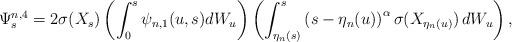
LaTeX: \begin{align*} \Psi^{n,4}_s = 2\sigma(X_s) \left( \int_0^s \psi_{n,1}(u,s) dW_u \right)\left( \int^s_{\eta_n(s)}\left(s-\eta_n(u)\right)^{\alpha}\sigma(X_{\eta_n(u)})\, dW_u \right), \end{align*}